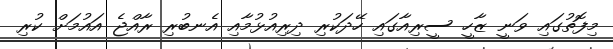
މިފޮތުގައި ވަނީ ޒާހީ ސީރިއާގައި ހޭދަކުރި ދިރިއުޅުމާއި އެނބުރި ރާއްޖެ އައުމަށް ކުރި